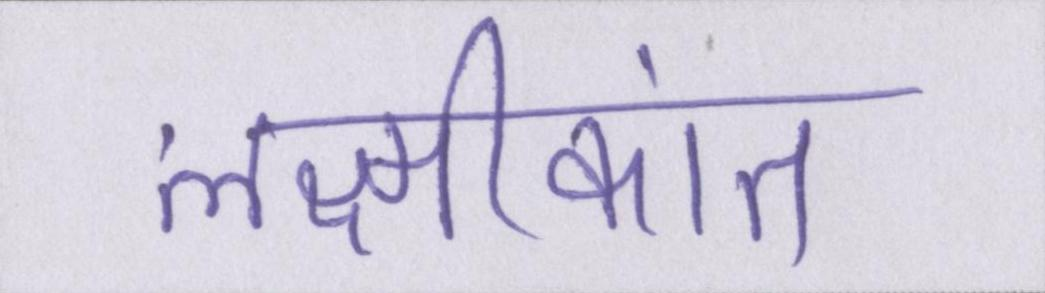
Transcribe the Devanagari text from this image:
लक्ष्मीकांत